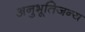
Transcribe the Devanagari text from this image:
अनुभूतिजन्य